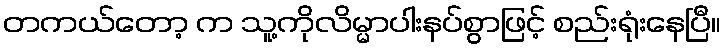
တကယ်တော့ က သူ့ကိုလိမ္မာပါးနပ်စွာဖြင့် စည်းရုံးနေပြီ။